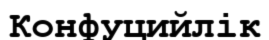
Конфуцийлік